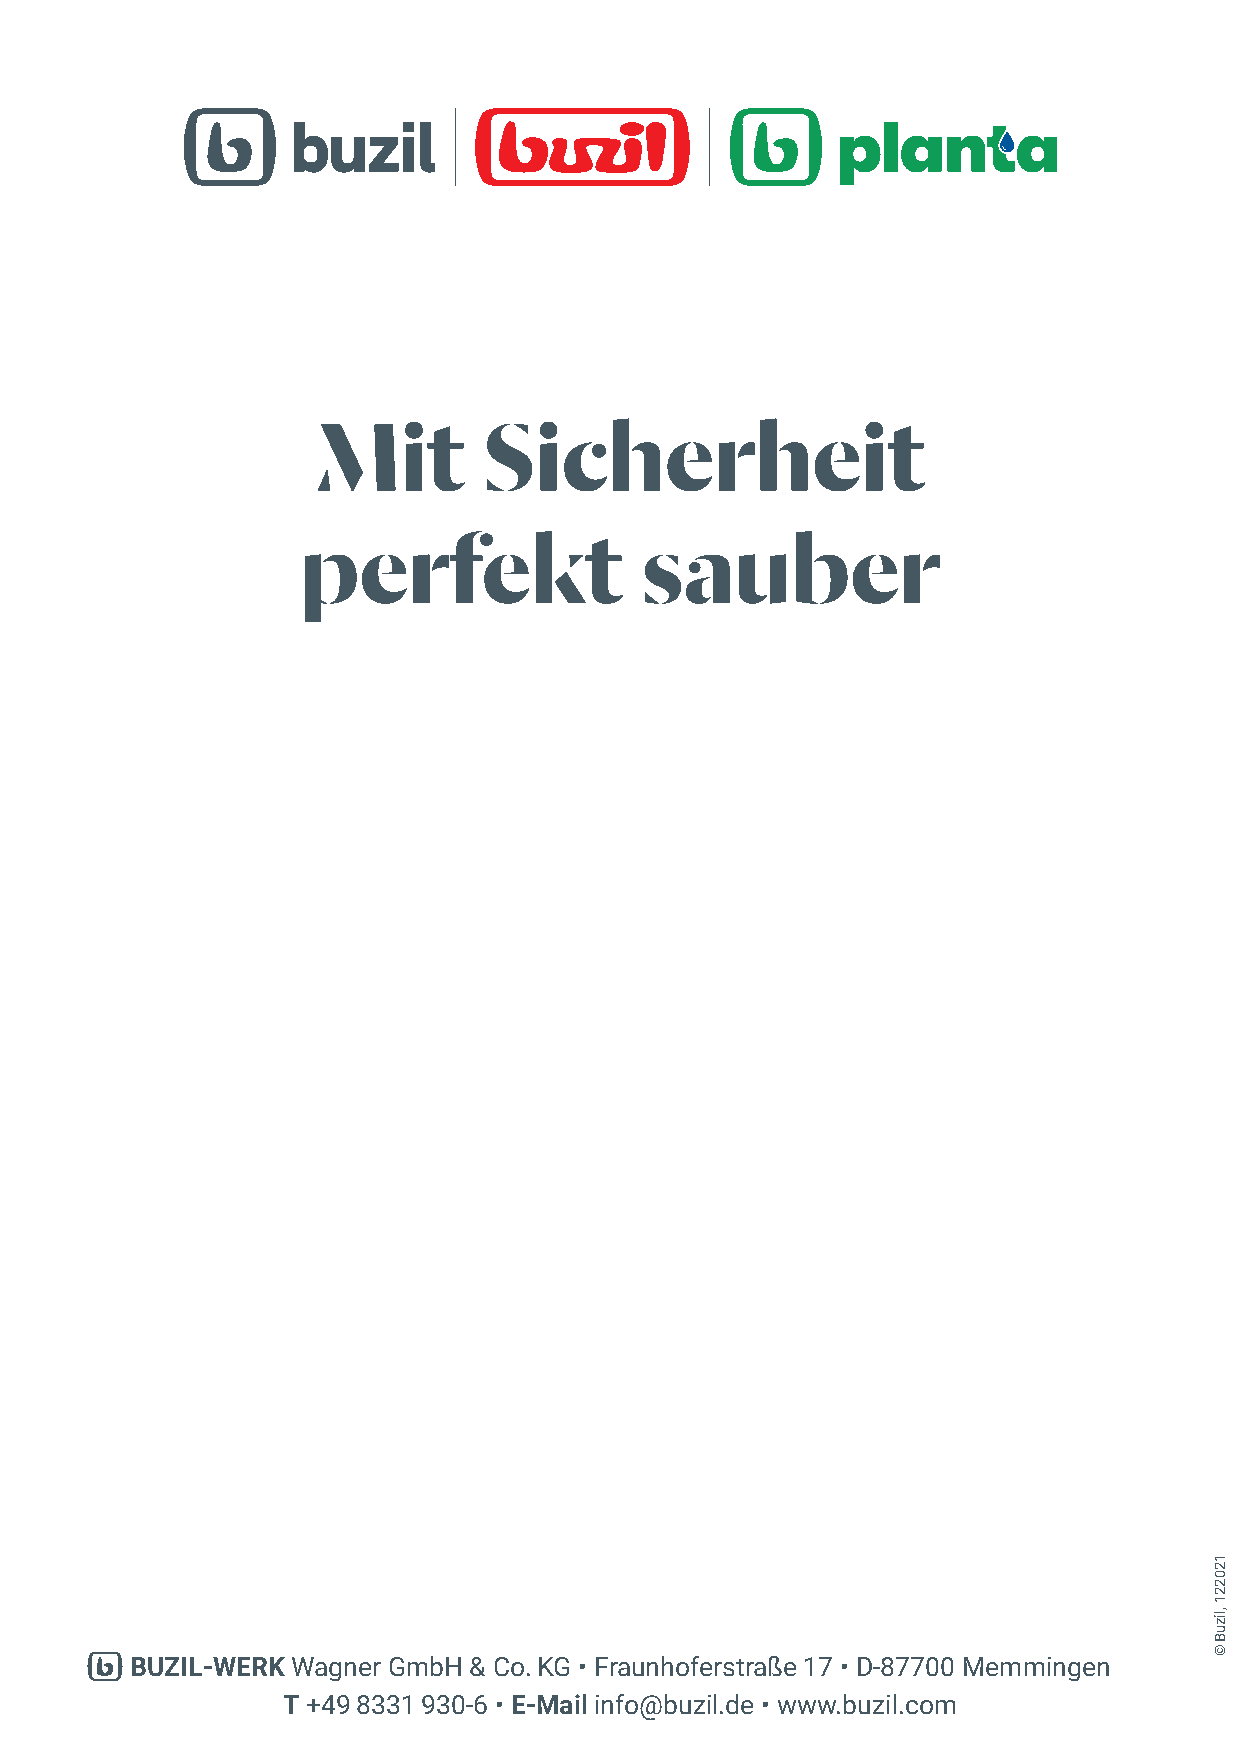
Mit        Sicherheit
 perfekt               sauber
 BUZIL-WERK Wagner GmbH & Co. KG • Fraunhoferstraße 17 • D-87700 Memmingen
 T +49 8331 930-6 • E-Mail info@buzil.de • www.buzil.com
 120221
 ,lizuB
 ©